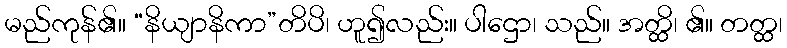
မည်ကုန်၏။ “နိယျာနိကာ”တိပိ၊ ဟူ၍လည်း။ ပါဌော၊ သည်။ အတ္ထိ၊ ၏။ တတ္ထ၊